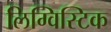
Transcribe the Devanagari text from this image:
लिग्विस्टिक